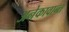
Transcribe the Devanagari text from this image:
अनेकावान्त